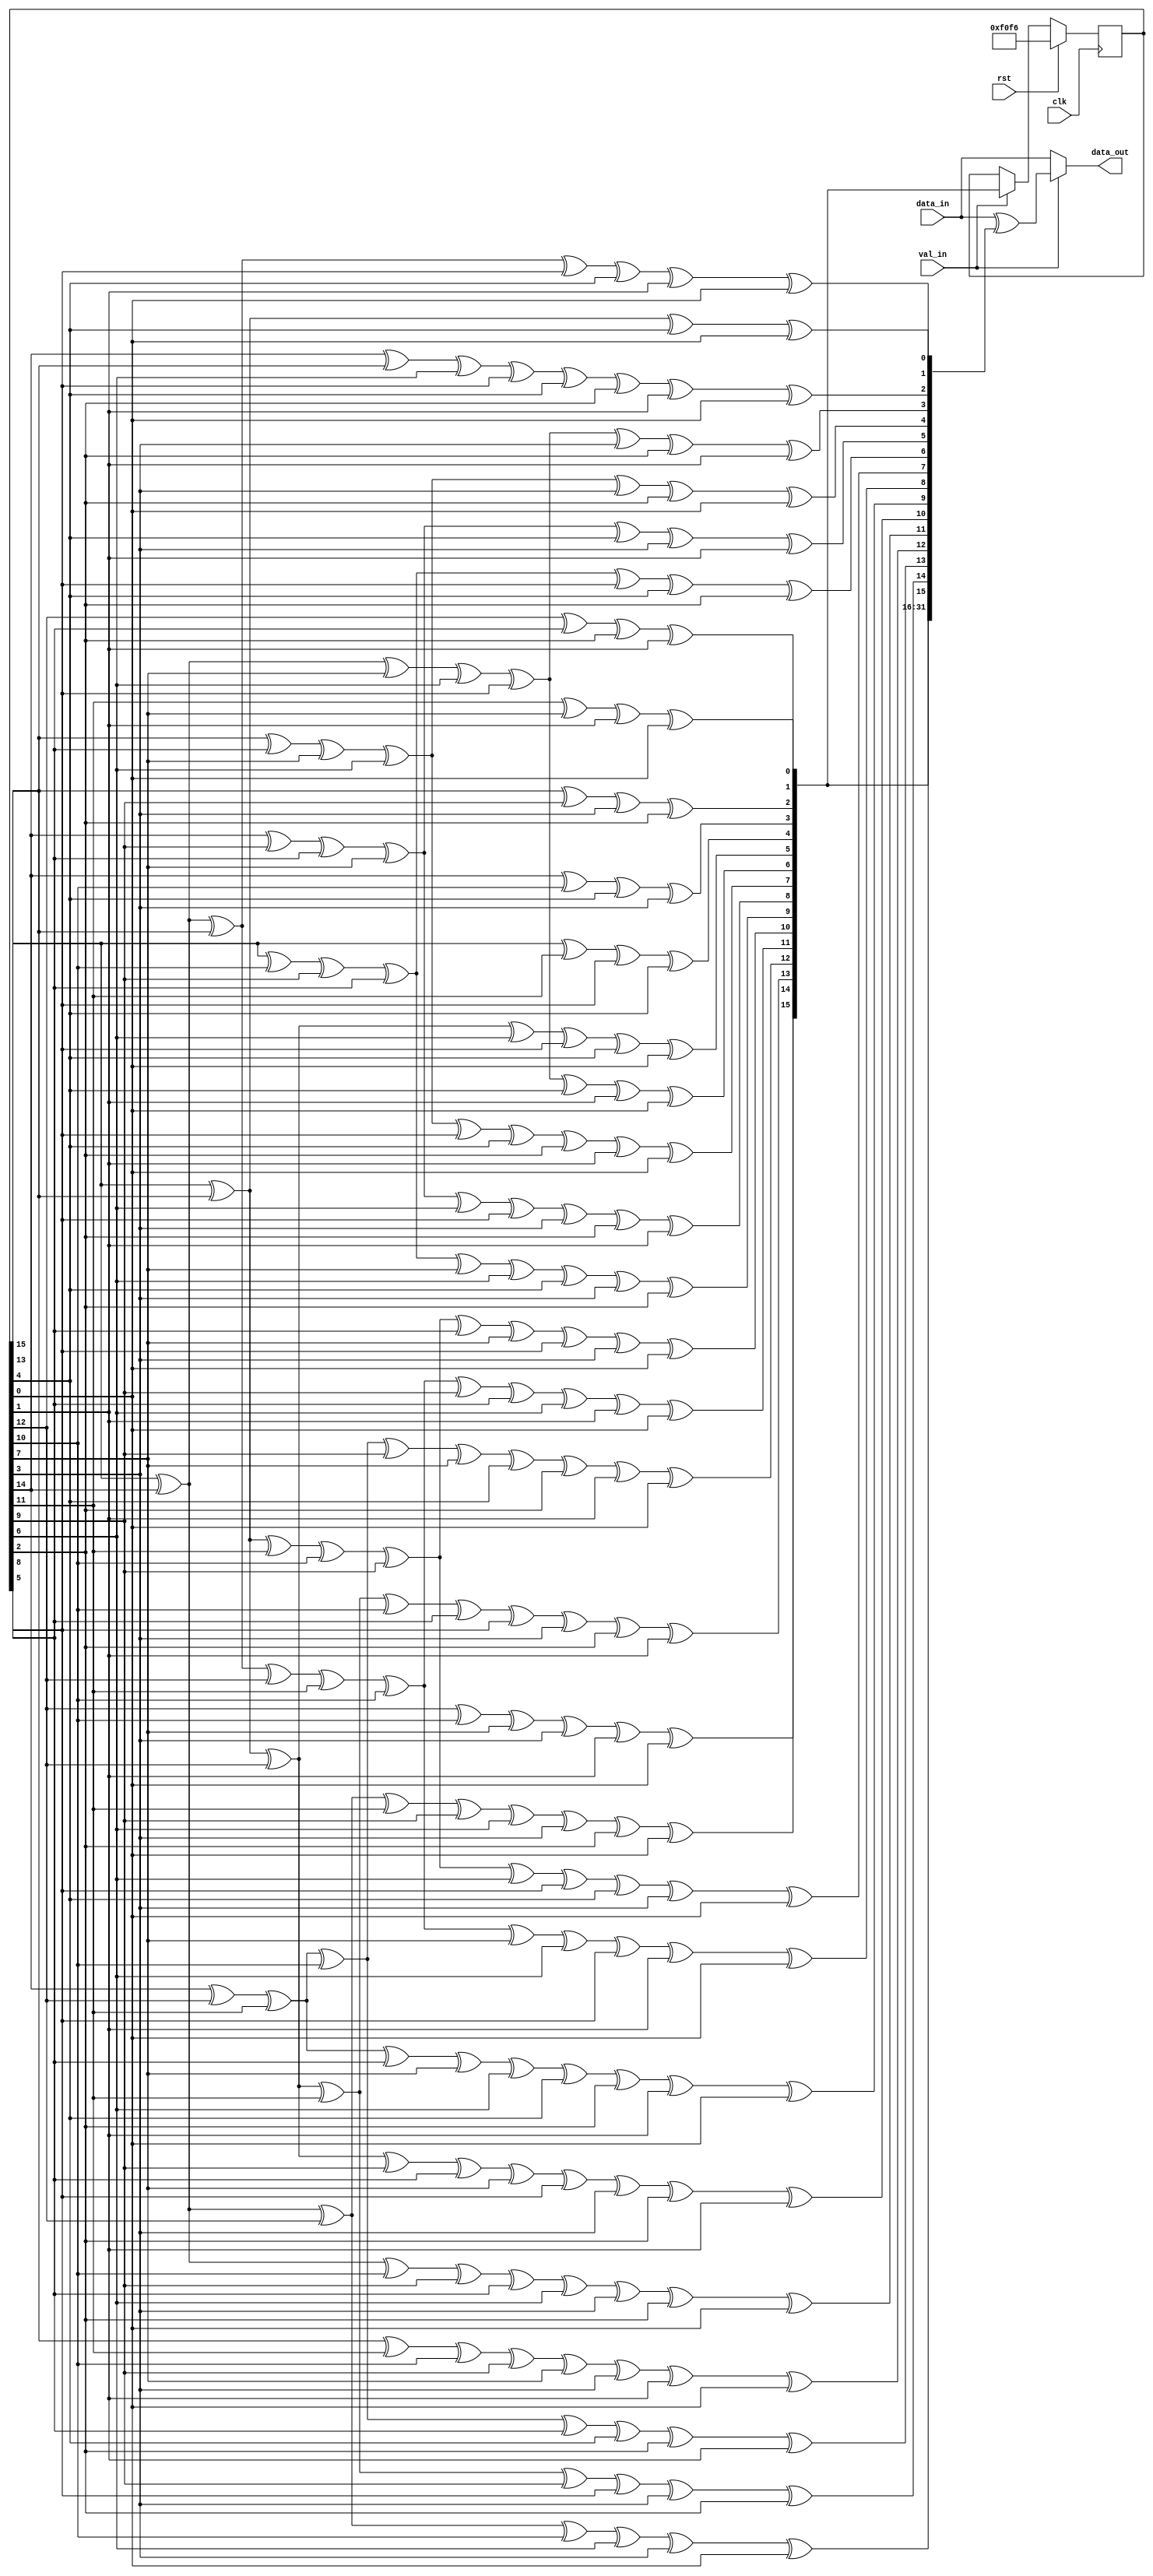
/*!
 * <b>Module:</b>scrambler
 * @file scrambler.v
 * @date  2015-07-11  
 * @author Alexey     
 *
 * @brief a scrambler for the link layer
 *
 * @copyright Copyright (c) 2015 Elphel, Inc.
 *
 * <b>License:</b>
 *
 * scrambler.v is free software; you can redistribute it and/or modify
 * it under the terms of the GNU General Public License as published by
 * the Free Software Foundation, either version 3 of the License, or
 * (at your option) any later version.
 *
 * scrambler.v file is distributed in the hope that it will be useful,
 * but WITHOUT ANY WARRANTY; without even the implied warranty of
 * MERCHANTABILITY or FITNESS FOR A PARTICULAR PURPOSE.  See the
 * GNU General Public License for more details.
 *
 * You should have received a copy of the GNU General Public License
 * along with this program.  If not, see <http://www.gnu.org/licenses/> .
 *
 * Additional permission under GNU GPL version 3 section 7:
 * If you modify this Program, or any covered work, by linking or combining it
 * with independent modules provided by the FPGA vendor only (this permission
 * does not extend to any 3-rd party modules, "soft cores" or macros) under
 * different license terms solely for the purpose of generating binary "bitstream"
 * files and/or simulating the code, the copyright holders of this Program give
 * you the right to distribute the covered work without those independent modules
 * as long as the source code for them is available from the FPGA vendor free of
 * charge, and there is no dependence on any encrypted modules for simulating of
 * the combined code. This permission applies to you if the distributed code
 * contains all the components and scripts required to completely simulate it
 * with at least one of the Free Software programs.
 */
/*
 * Algorithm is taken from the doc, p.565. TODO make it parallel
 */
// TODO another widths support
module scrambler #(
    parameter DATA_BYTE_WIDTH = 4
)
(
    input   wire                                clk,
    input   wire                                rst,

    input   wire                                val_in,
    input   wire    [DATA_BYTE_WIDTH*8 - 1:0]   data_in,
    output  wire    [DATA_BYTE_WIDTH*8 - 1:0]   data_out
);

reg [15:0]  now;
reg [31:0]  next;

always @ (posedge clk)
    now <= rst ? 16'hf0f6 : val_in ? next[31:16] : now;

assign  data_out = val_in ? data_in ^ next : data_in;

always @ (*)
/*    if (rst)
        next    = 32'h0;
    else*/
    begin
        next[31] = now[12] ^ now[10] ^ now[7] ^ now[3] ^ now[1] ^ now[0];
        next[30] = now[15] ^ now[14] ^ now[12] ^ now[11] ^ now[9] ^ now[6] ^ now[3] ^ now[2] ^ now[0];
        next[29] = now[15] ^ now[13] ^ now[12] ^ now[11] ^ now[10] ^ now[8] ^ now[5] ^ now[3] ^ now[2] ^ now[1];
        next[28] = now[14] ^ now[12] ^ now[11] ^ now[10] ^ now[9] ^ now[7] ^ now[4] ^ now[2] ^ now[1] ^ now[0];
        next[27] = now[15] ^ now[14] ^ now[13] ^ now[12] ^ now[11] ^ now[10] ^ now[9] ^ now[8] ^ now[6] ^ now[1] ^ now[0];
        next[26] = now[15] ^ now[13] ^ now[11] ^ now[10] ^ now[9] ^ now[8] ^ now[7] ^ now[5] ^ now[3] ^ now[0];
        next[25] = now[15] ^ now[10] ^ now[9] ^ now[8] ^ now[7] ^ now[6] ^ now[4] ^ now[3] ^ now[2];
        next[24] = now[14] ^ now[9] ^ now[8] ^ now[7] ^ now[6] ^ now[5] ^ now[3] ^ now[2] ^ now[1];
        next[23] = now[13] ^ now[8] ^ now[7] ^ now[6] ^ now[5] ^ now[4] ^ now[2] ^ now[1] ^ now[0];
        next[22] = now[15] ^ now[14] ^ now[7] ^ now[6] ^ now[5] ^ now[4] ^ now[1] ^ now[0];
        next[21] = now[15] ^ now[13] ^ now[12] ^ now[6] ^ now[5] ^ now[4] ^ now[0];
        next[20] = now[15] ^ now[11] ^ now[5] ^ now[4];
        next[19] = now[14] ^ now[10] ^ now[4] ^ now[3];
        next[18] = now[13] ^ now[9] ^ now[3] ^ now[2];
        next[17] = now[12] ^ now[8] ^ now[2] ^ now[1];
        next[16] = now[11] ^ now[7] ^ now[1] ^ now[0];

        next[15] = now[15] ^ now[14] ^ now[12] ^ now[10] ^ now[6] ^ now[3] ^ now[0];
        next[14] = now[15] ^ now[13] ^ now[12] ^ now[11] ^ now[9] ^ now[5] ^ now[3] ^ now[2];
        next[13] = now[14] ^ now[12] ^ now[11] ^ now[10] ^ now[8] ^ now[4] ^ now[2] ^ now[1];
        next[12] = now[13] ^ now[11] ^ now[10] ^ now[9] ^ now[7] ^ now[3] ^ now[1] ^ now[0];
        next[11] = now[15] ^ now[14] ^ now[10] ^ now[9] ^ now[8] ^ now[6] ^ now[3] ^ now[2] ^ now[0];
        next[10] = now[15] ^ now[13] ^ now[12] ^ now[9] ^ now[8] ^ now[7] ^ now[5] ^ now[3] ^ now[2] ^ now[1];
        next[9] = now[14] ^ now[12] ^ now[11] ^ now[8] ^ now[7] ^ now[6] ^ now[4] ^ now[2] ^ now[1] ^ now[0];
        next[8] = now[15] ^ now[14] ^ now[13] ^ now[12] ^ now[11] ^ now[10] ^ now[7] ^ now[6] ^ now[5] ^ now[1] ^ now[0];
        next[7] = now[15] ^ now[13] ^ now[11] ^ now[10] ^ now[9] ^ now[6] ^ now[5] ^ now[4] ^ now[3] ^ now[0];
        next[6] = now[15] ^ now[10] ^ now[9] ^ now[8] ^ now[5] ^ now[4] ^ now[2];
        next[5] = now[14] ^ now[9] ^ now[8] ^ now[7] ^ now[4] ^ now[3] ^ now[1];
        next[4] = now[13] ^ now[8] ^ now[7] ^ now[6] ^ now[3] ^ now[2] ^ now[0];
        next[3] = now[15] ^ now[14] ^ now[7] ^ now[6] ^ now[5] ^ now[3] ^ now[2] ^ now[1];
        next[2] = now[14] ^ now[13] ^ now[6] ^ now[5] ^ now[4] ^ now[2] ^ now[1] ^ now[0];
        next[1] = now[15] ^ now[14] ^ now[13] ^ now[5] ^ now[4] ^ now[1] ^ now[0];
        next[0] = now[15] ^ now[13] ^ now[4] ^ now[0];
    end


endmodule